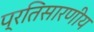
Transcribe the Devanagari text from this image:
प्रतिसारणीय